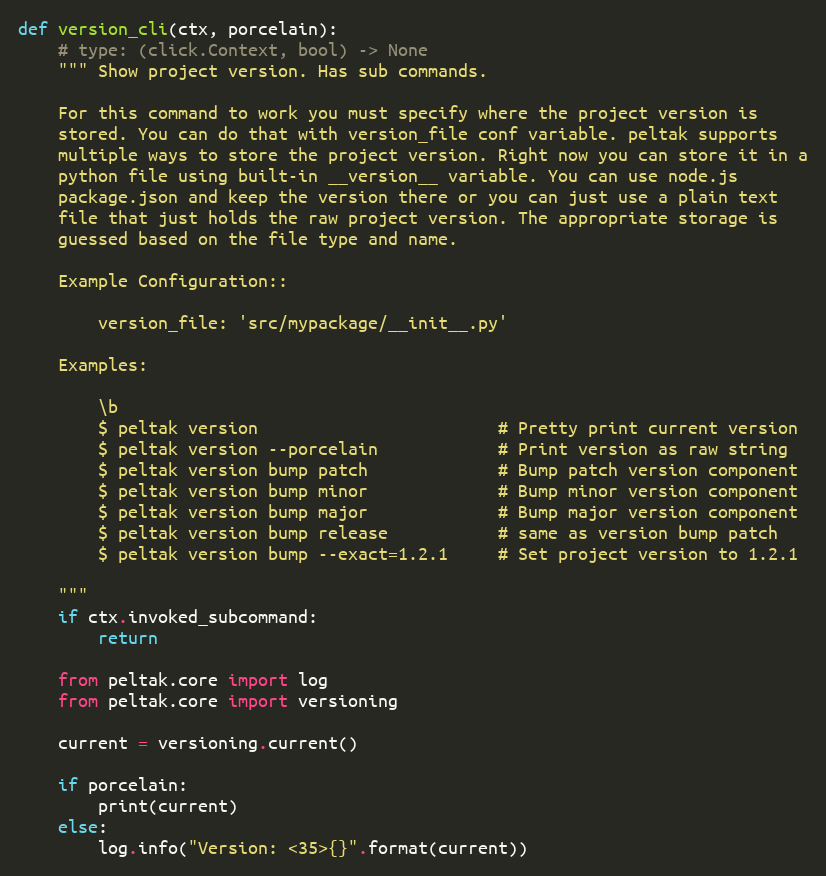
Language: Python
def version_cli(ctx, porcelain):
    # type: (click.Context, bool) -> None
    """ Show project version. Has sub commands.

    For this command to work you must specify where the project version is
    stored. You can do that with version_file conf variable. peltak supports
    multiple ways to store the project version. Right now you can store it in a
    python file using built-in __version__ variable. You can use node.js
    package.json and keep the version there or you can just use a plain text
    file that just holds the raw project version. The appropriate storage is
    guessed based on the file type and name.

    Example Configuration::

        version_file: 'src/mypackage/__init__.py'

    Examples:

        \b
        $ peltak version                        # Pretty print current version
        $ peltak version --porcelain            # Print version as raw string
        $ peltak version bump patch             # Bump patch version component
        $ peltak version bump minor             # Bump minor version component
        $ peltak version bump major             # Bump major version component
        $ peltak version bump release           # same as version bump patch
        $ peltak version bump --exact=1.2.1     # Set project version to 1.2.1

    """
    if ctx.invoked_subcommand:
        return

    from peltak.core import log
    from peltak.core import versioning

    current = versioning.current()

    if porcelain:
        print(current)
    else:
        log.info("Version: <35>{}".format(current))